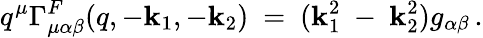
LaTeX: q^{\mu}\Gamma_{\mu\alpha\beta}^{F}(q,-\mathbf{k}_{1},-\mathbf{k}_{2})\ =\ (\mathbf{k}_{1}^{2}\ -\ \mathbf{k}_{2}^{2})g_{\alpha\beta}\, .